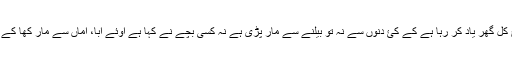
جعفر آج کل گھر یاد کر رہا ہے کے کئ دنوں سے نہ تو بیلنے سے مار پڑی ہے نہ کسی بچے نے کہا ہے اوئے ابا، اماں سے مار کھا کے ہٹے گا؟